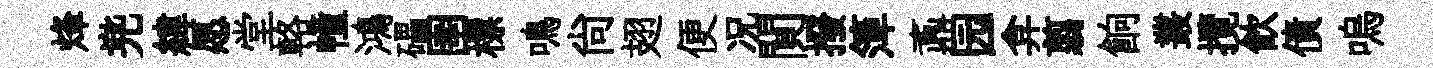
烽兠緯愿堂輅幢鴻礧圉標鳴尚翅便况閴撥𥱼鼒园弇翦餉叢攬飮債嗚